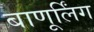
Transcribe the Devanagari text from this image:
बाणूर्लिंग